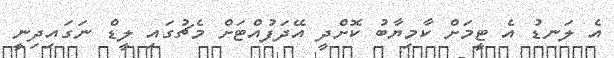
އެ ލަނޑު އެ ޓީމަށް ކާމިޔާބު ކޮށްދީ އޭދަފުއްޓަށް މެޗުގައި ލީޑް ނަގައިދިނީ